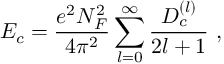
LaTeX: E _ { c } = \frac { e ^ { 2 } N _ { F } ^ { 2 } } { 4 \pi ^ { 2 } } \sum _ { l = 0 } ^ { \infty } \frac { D _ { c } ^ { ( l ) } } { 2 l + 1 } ~ ,